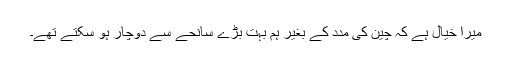
میرا خیال ہے کہ چین کی مدد کے بغیر ہم بہت بڑے سانحے سے دوچار ہو سکتے تھے۔